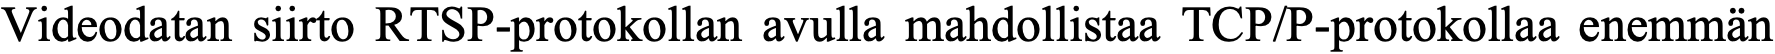
Videodatan siirto RTSP-protokollan avulla mahdollistaa TCP/P-protokollaa enemmän